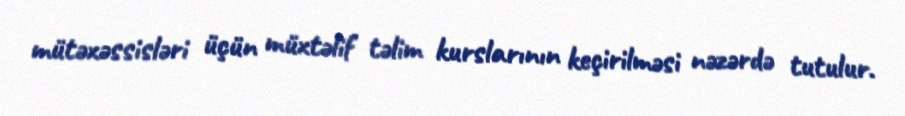
mütəxəssisləri üçün müxtəlif təlim kurslarının keçirilməsi nəzərdə tutulur.